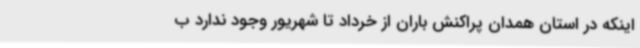
اینکه در استان همدان پراکنش باران از خرداد تا شهریور وجود ندارد ب